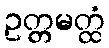
ဥတ္တမတ္ထံ